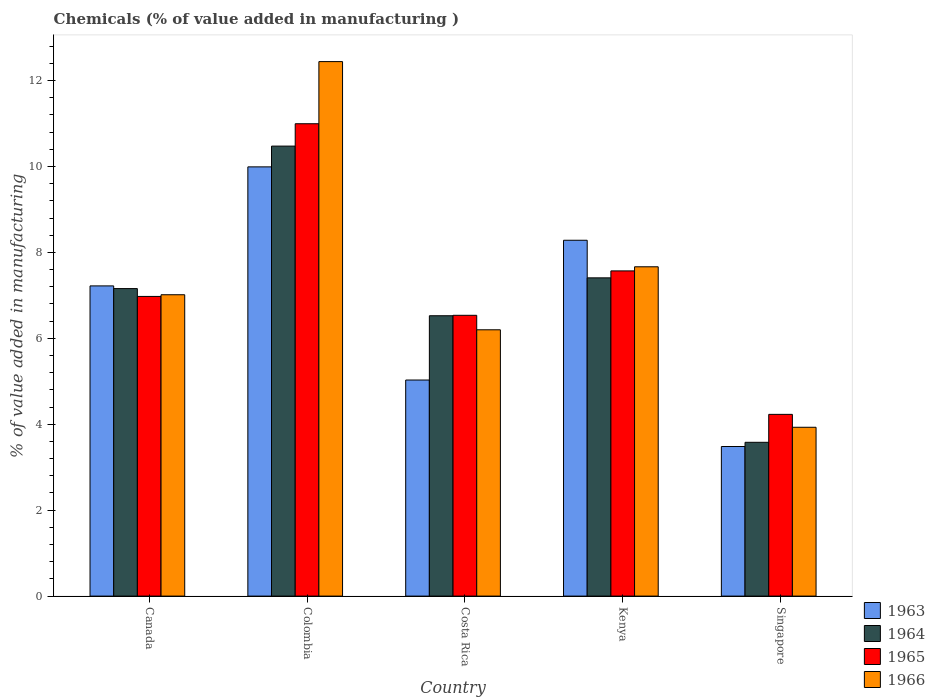
| Country | 1963 | 1964 | 1965 | 1966 |
 | --- | --- | --- | --- | --- |
 | Canada | 7.22 | 7.16 | 6.98 | 7.01 |
 | Colombia | 9.99 | 10.5 | 11 | 12.4 |
 | Costa Rica | 5.03 | 6.53 | 6.54 | 6.2 |
 | Kenya | 8.28 | 7.41 | 7.57 | 7.67 |
 | Singapore | 3.48 | 3.58 | 4.23 | 3.93 |